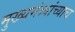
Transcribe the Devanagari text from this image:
मुख्यमंत्र्यांच्याच